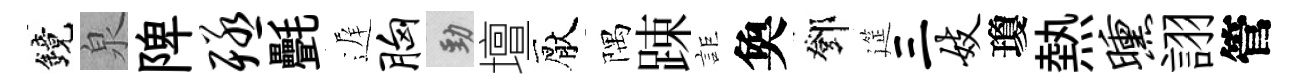
鏡泉陴殛㲲遅胸勁壇厭隅踈詎奐鄧筵三妓瓊熱曛詡管